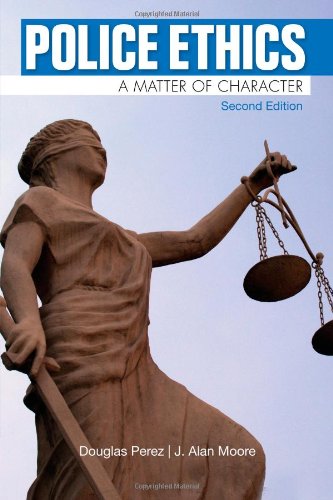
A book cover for Police Ethics; Douglas W. Perez; Law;